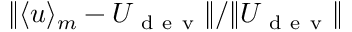
\| \langle \boldsymbol { u } \rangle _ { m } - U _ { \mathrm { ~ d ~ e ~ v ~ } } \| / \| U _ { \mathrm { ~ d ~ e ~ v ~ } } \|